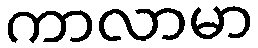
ကာလာမာ